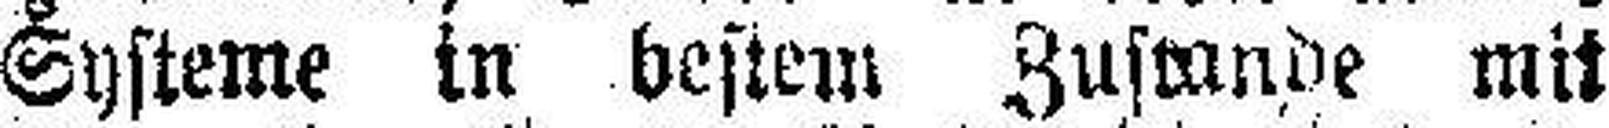
Systeme in bestem Zustande mit